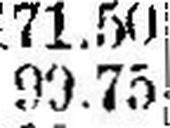
99.75